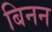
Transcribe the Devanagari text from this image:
बिनन